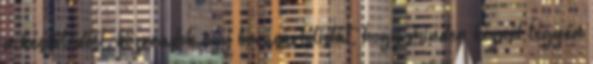
a készülődést, közreadok egy bevásárlólistát, hogy minden kéznél legyen